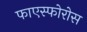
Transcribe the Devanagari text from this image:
फाएस्फोरोस